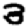
Digit: 3